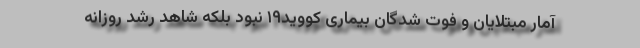
آمار مبتلایان و فوت شدگان بیماری کووید۱۹ نبود بلکه شاهد رشد روزانه